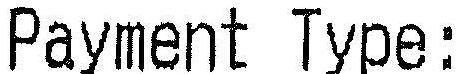
PAYMENT TYPE: